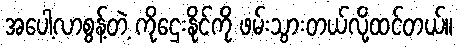
အပေါ့လာစွန့်တဲ့ ကိုဌေးနိုင်ကို ဖမ်းသွားတယ်လို့ထင်တယ်။